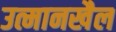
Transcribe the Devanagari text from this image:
उत्मानखैल